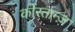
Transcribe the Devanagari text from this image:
कोंस्तान्ज़